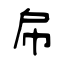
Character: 帍